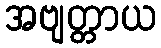
အဗျတ္တာယ